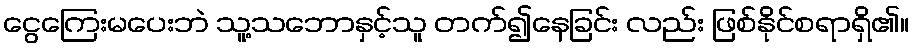
ငွေကြေးမပေးဘဲ သူ့သဘောနှင့်သူ တက်၍နေခြင်း လည်း ဖြစ်နိုင်စရာရှိ၏။